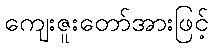
ကျေးဇူးတော်အားဖြင့်